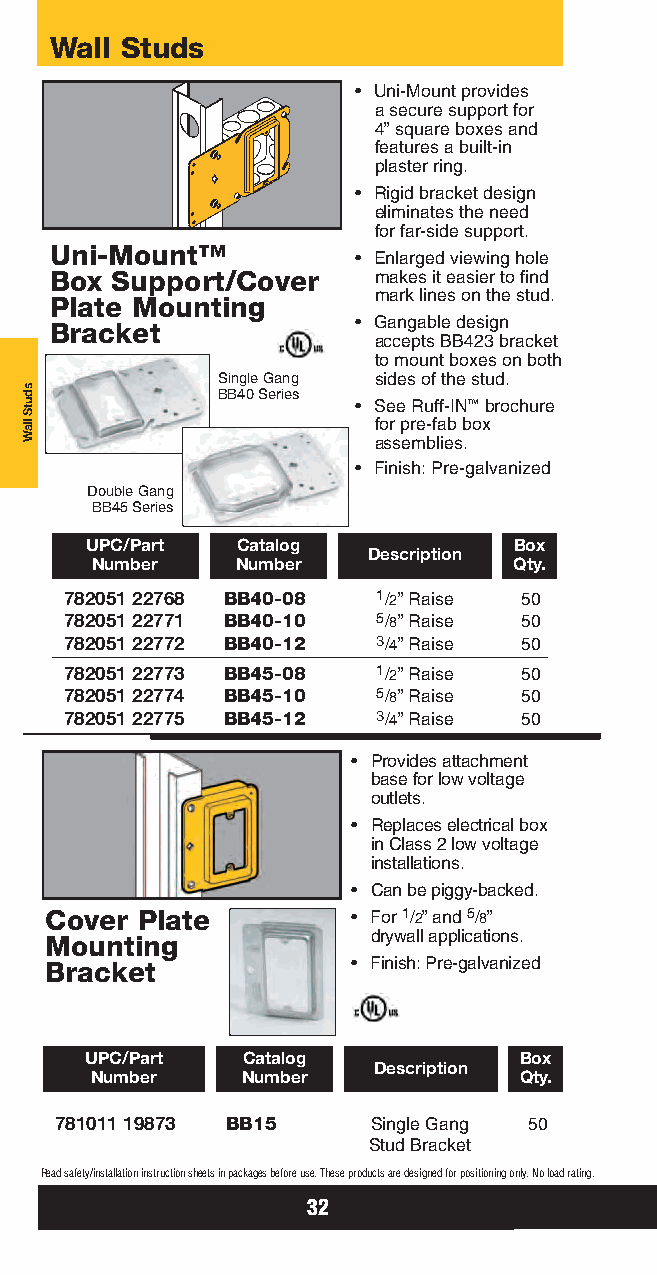
Wall Studs
 • Uni-Mount provides
 a secure support for
 4” square boxes and
 features a built-in
 plaster ring.
 • Rigid bracket design
 eliminates the need
 for far-side support.
 Uni-Mount™
 • Enlarged viewing hole
 Box Support/Cover     makes it easier to find
 mark lines on the stud.
 Plate Mounting
 Bracket             • Gangable design
 accepts BB423 bracket
 to mount boxes on both
 Single Gang sides of the stud.
 BB40 Series
 • See Ruff-IN™brochure
 for pre-fab box
 assemblies.
 • Finish: Pre-galvanized
 Double Gang
 BB45 Series
 UPC/Part  Catalog           Box
 Description
 Number    Number            Qty.
 782051 22768 BB40-08 1/2” Raise 50
 782051 22771 BB40-10 5/8” Raise 50
 782051 22772 BB40-12 3/4” Raise 50
 782051 22773 BB45-08 1/2” Raise 50
 782051 22774 BB45-10 5/8” Raise 50
 782051 22775 BB45-12 3/4” Raise 50
 • Provides attachment
 base for low voltage
 outlets.
 • Replaces electrical box
 in Class 2 low voltage
 installations.
 • Can be piggy-backed.
 Cover Plate         • For 1/2” and 5/8”
 Mounting              drywall applications.
 Bracket             • Finish: Pre-galvanized
 UPC/Part  Catalog           Box
 Description
 Number    Number            Qty.
 781011 19873 BB15    Single Gang 50
 Stud Bracket
 Read safety/installation instruction sheets in packages before use. These products are designed for positioning only. No load rating.
 32
 sdutS
 llaW